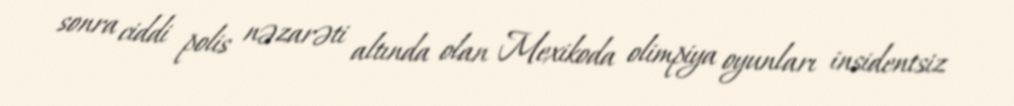
sonra ciddi polis nəzarəti altında olan Mexikoda olimpiya oyunları insidentsiz